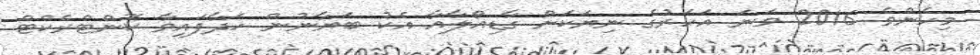
މިހެންވެ 2016 ވަނަ އަހަރުގެ ނިޔަކަށް ގާޑިއޯލާއާ އެކު ބަޔާނުން ހަދާފައިވާ ކޮންޓްރެކްޓް